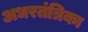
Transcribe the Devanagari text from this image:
अधरतंत्रिका